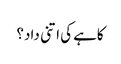
کاہے کی اتنی داد؟